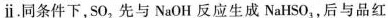
.。同条件下，SO_{2}先与NaOH反应生成NaHSO_{3}，后与品红